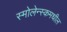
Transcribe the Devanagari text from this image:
स्मोलेन्स्कमधील